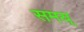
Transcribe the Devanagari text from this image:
समय्